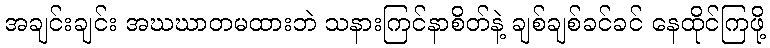
အချင်းချင်း အဃဃာတမထားဘဲ သနားကြင်နာစိတ်နဲ့ ချစ်ချစ်ခင်ခင် နေထိုင်ကြဖို့